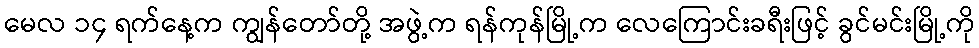
မေလ ၁၄ ရက်နေ့က ကျွန်တော်တို့ အဖွဲ့က ရန်ကုန်မြို့က လေကြောင်းခရီးဖြင့် ခွင်မင်းမြို့ကို